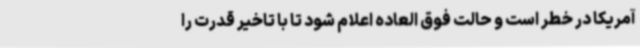
آمریکا در خطر است و حالت فوق العاده اعلام شود تا با تاخیر قدرت را